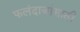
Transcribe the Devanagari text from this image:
फलंदाजांसाठी